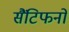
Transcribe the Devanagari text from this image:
सैंटिफनों